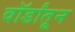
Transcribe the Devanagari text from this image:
वॉर्डांतून